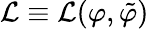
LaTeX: \mathcal{L}\equiv\mathcal{L}(\varphi,\tilde{\varphi})